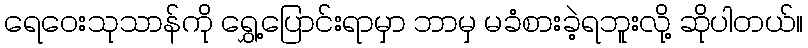
ရေဝေးသုသာန်ကို ရွှေ့ပြောင်းရာမှာ ဘာမှ မခံစားခဲ့ရဘူးလို့ ဆိုပါတယ်။